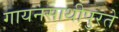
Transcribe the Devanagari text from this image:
गायनसाथीपुरते